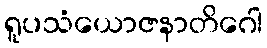
ရူပသံယောဇနာတိဂေါ